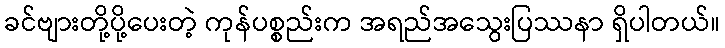
ခင်ဗျားတို့ပို့ပေးတဲ့ ကုန်ပစ္စည်းက အရည်အသွေးပြဿနာ ရှိပါတယ်။